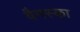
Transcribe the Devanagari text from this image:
वैनस्का